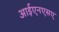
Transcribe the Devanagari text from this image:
आईएनएसए